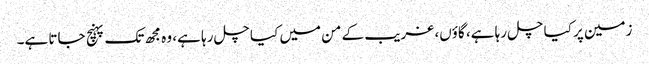
زمین پر کیا چل رہا ہے، گاؤں، غریب کے من میں کیا چل رہا ہے، وہ مجھ تک پہنچ جاتا ہے۔